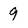
Character: 9